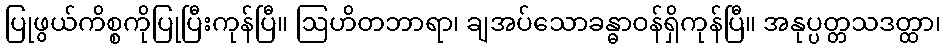
ပြုဖွယ်ကိစ္စကိုပြုပြီးကုန်ပြီ။ ဩဟိတဘာရာ၊ ချအပ်သောခန္ဓာဝန်ရှိကုန်ပြီ။ အနုပ္ပတ္တသဒတ္ထာ၊